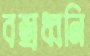
বজ্রধ্বনি